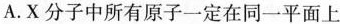
A.X分子中所有原子一定在同一平面上